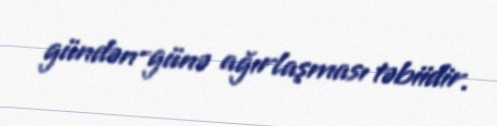
gündən-günə ağırlaşması təbiidir.